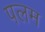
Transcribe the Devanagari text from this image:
पलम